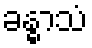
ခန္ဓာသံ